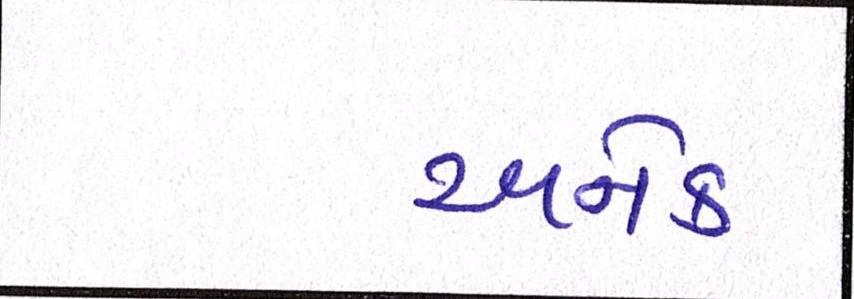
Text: અનેક